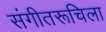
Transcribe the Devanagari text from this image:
संगीतरूचिला